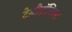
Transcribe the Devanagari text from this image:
टेलीट्रॉनिक्स